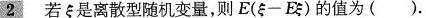
2 若ξ是离散型随机变量，则$$E (ξ - E ξ)$$的值为( ).